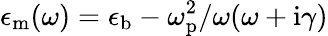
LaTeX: \epsilon_{\mathrm{m}}(\omega)=\epsilon_{\mathrm{b}}-\omega_{\mathrm{p}}^{2}/\omega(\omega+\mathrm{i}\gamma)